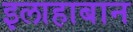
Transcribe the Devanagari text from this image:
इलाहाबान